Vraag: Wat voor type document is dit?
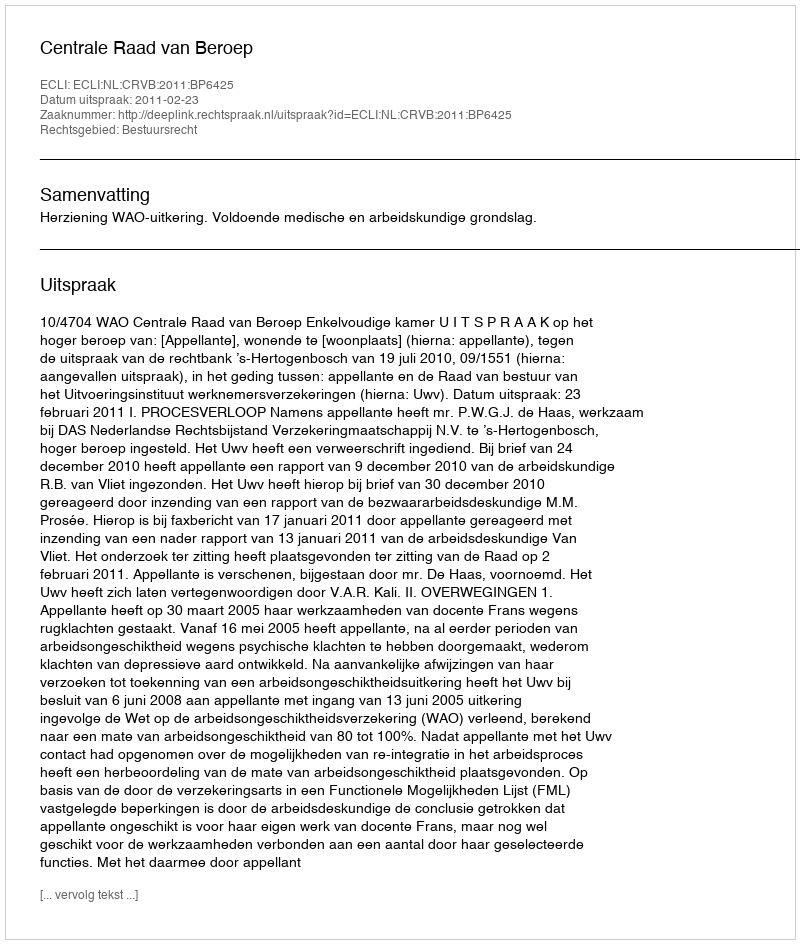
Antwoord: Uitspraak